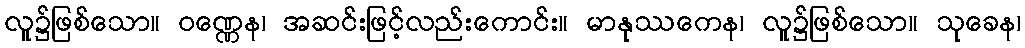
လူ၌ဖြစ်သော။ ဝဏ္ဏေန၊ အဆင်းဖြင့်လည်းကောင်း။ မာနုဿကေန၊ လူ၌ဖြစ်သော။ သုခေန၊